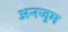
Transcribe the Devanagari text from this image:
अनजुम